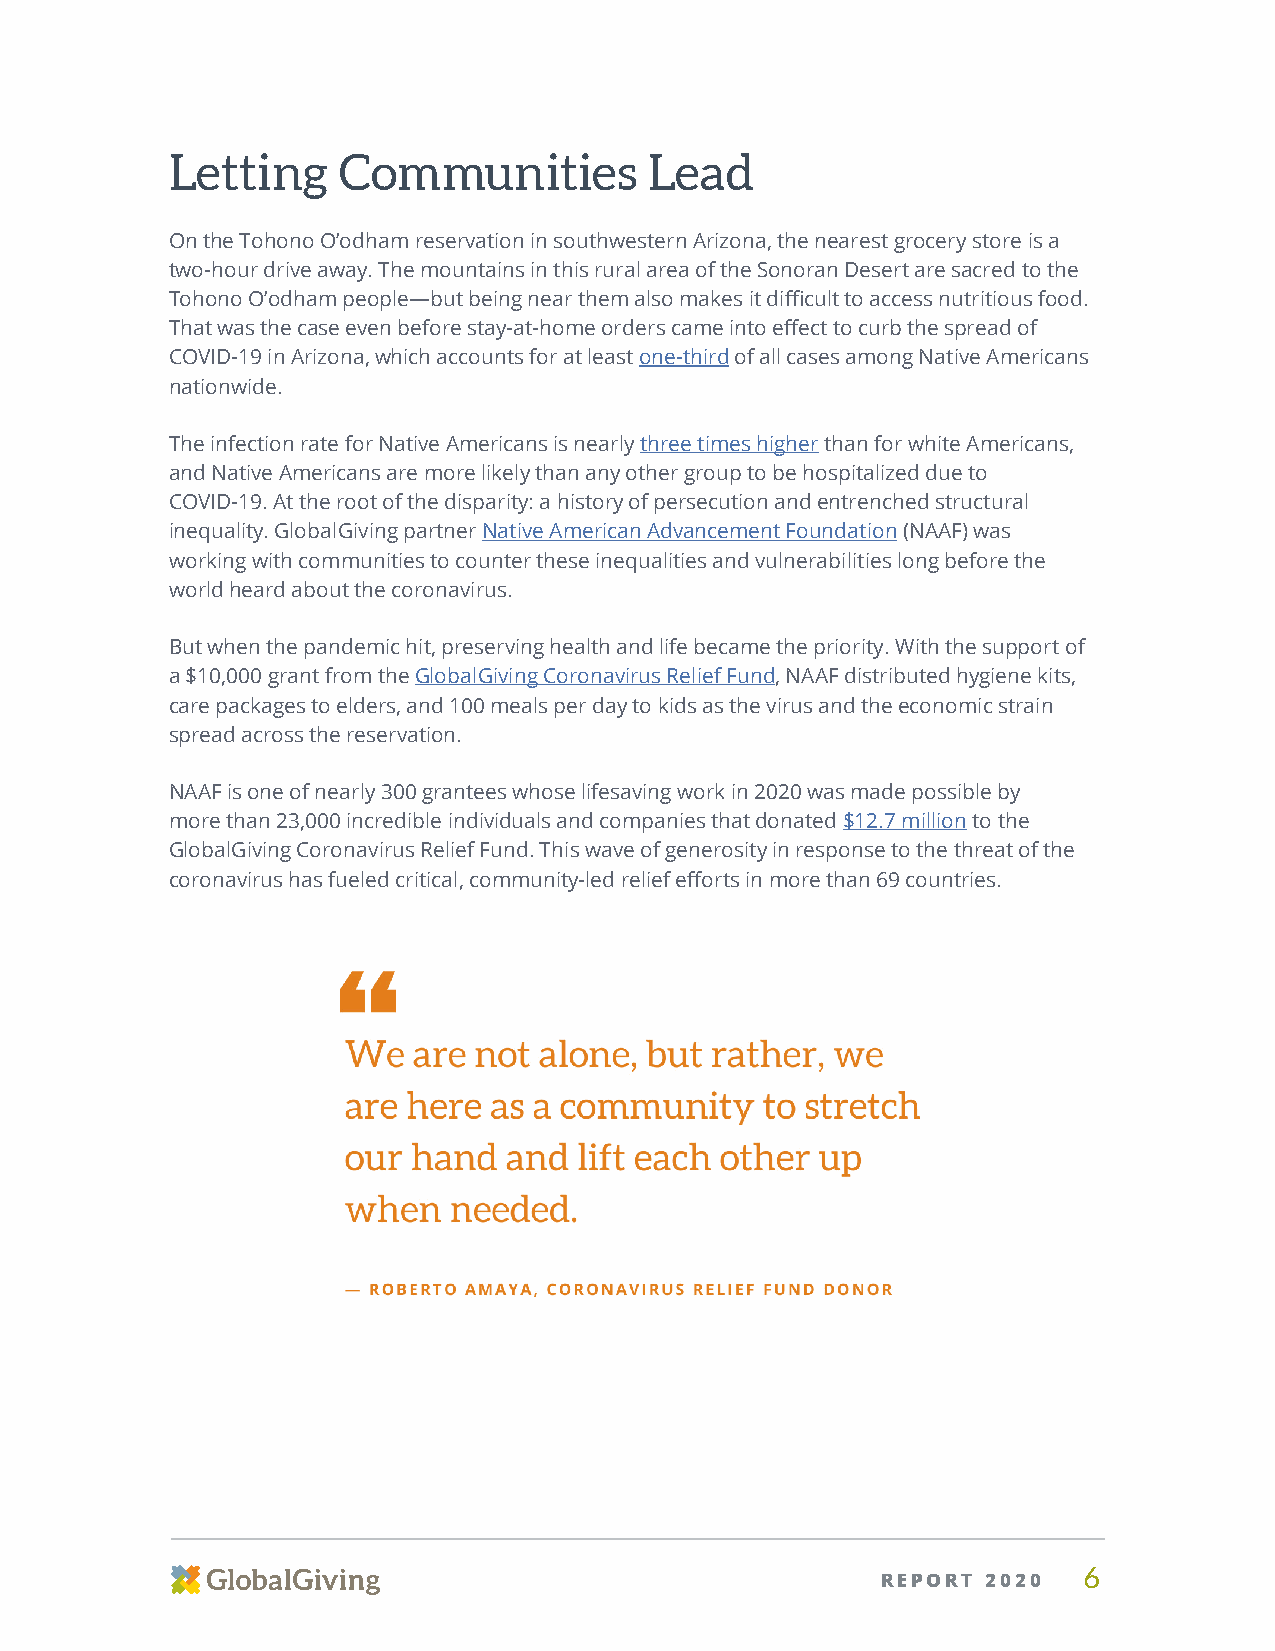
Letting    Communities          Lead
 On the Tohono O’odham reservation in southwestern Arizona, the nearest grocery store is a
 two-hour drive away. The mountains in this rural area of the Sonoran Desert are sacred to the
 Tohono O’odham people—but being near them also makes it difficult to access nutritious food.
 That was the case even before stay-at-home orders came into effect to curb the spread of
 COVID-19 in Arizona, which accounts for at least one-third of all cases among Native Americans
 nationwide.
 The infection rate for Native Americans is nearly three times higher than for white Americans,
 and Native Americans are more likely than any other group to be hospitalized due to
 COVID-19. At the root of the disparity: a history of persecution and entrenched structural
 inequality. GlobalGiving partner Native American Advancement Foundation (NAAF) was
 working with communities to counter these inequalities and vulnerabilities long before the
 world heard about the coronavirus.
 But when the pandemic hit, preserving health and life became the priority. With the support of
 a $10,000 grant from the GlobalGiving Coronavirus Relief Fund, NAAF distributed hygiene kits,
 care packages to elders, and 100 meals per day to kids as the virus and the economic strain
 spread across the reservation.
 NAAF is one of nearly 300 grantees whose lifesaving work in 2020 was made possible by
 more than 23,000 incredible individuals and companies that donated $12.7 million to the
 GlobalGiving Coronavirus Relief Fund. This wave of generosity in response to the threat of the
 coronavirus has fueled critical, community-led relief efforts in more than 69 countries.
 REPORT 2020   6